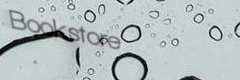
Bookstore